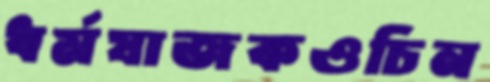
ধর্মযাজকওচিন